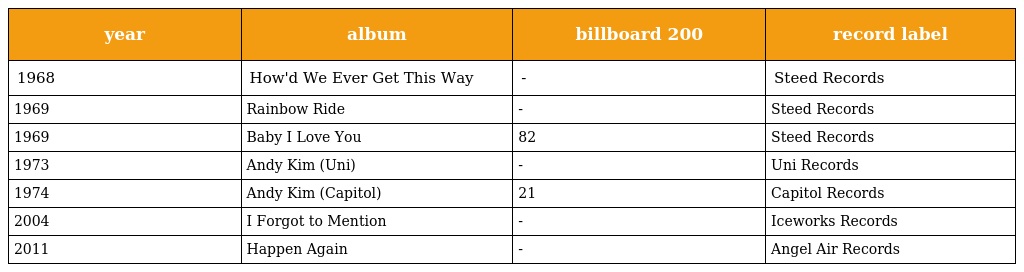
| year | album | billboard 200 | record label |
 | --- | --- | --- | --- |
 | 1968 | How'd We Ever Get This Way | - | Steed Records |
 | 1969 | Rainbow Ride | - | Steed Records |
 | 1969 | Baby I Love You | 82 | Steed Records |
 | 1973 | Andy Kim (Uni) | - | Uni Records |
 | 1974 | Andy Kim (Capitol) | 21 | Capitol Records |
 | 2004 | I Forgot to Mention | - | Iceworks Records |
 | 2011 | Happen Again | - | Angel Air Records |